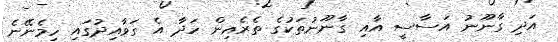
އަދި ގާނޫނު އަސާސީ އާއި ގާނޫނުތަކުގެ ތެރެއިން ހަދާ އެ ގަވާއިދުގައި ހިމެނޭނެ